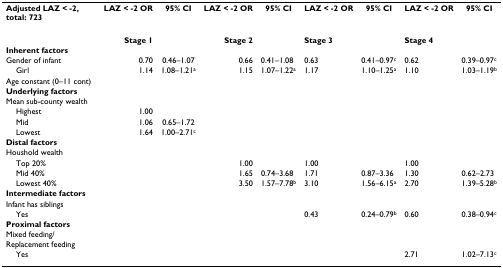
<table><thead><tr><td><b>Adjusted LAZ &lt; -2, total: 723</b></td><td><b>LAZ &lt; -2 OR</b></td><td><b>95% CI</b></td><td><b>LAZ &lt; -2 OR</b></td><td><b>95% CI</b></td><td><b>LAZ &lt; -2 OR</b></td><td><b>95% CI</b></td><td><b>LAZ &lt; -2 OR</b></td><td><b>95% CI</b></td></tr></thead><tbody><tr><td></td><td><b>Stage 1</b></td><td></td><td><b>Stage 2</b></td><td></td><td><b>Stage 3</b></td><td></td><td><b>Stage 4</b></td><td></td></tr><tr><td><b>Inherent factors</b></td><td></td><td></td><td></td><td></td><td></td><td></td><td></td><td></td></tr><tr><td>Gender of infant</td><td>0.70</td><td>0.46–1.07</td><td>0.66</td><td>0.41–1.08</td><td>0.63</td><td>0.41–0.97<sup>c</sup></td><td>0.62</td><td>0.39–0.97<sup>c</sup></td></tr><tr><td> Girl</td><td>1.14</td><td>1.08–1.21<sup>a</sup></td><td>1.15</td><td>1.07–1.22<sup>a</sup></td><td>1.17</td><td>1.10–1.25<sup>a</sup></td><td>1.10</td><td>1.03–1.19<sup>b</sup></td></tr><tr><td>Age constant (0–11 cont)</td><td></td><td></td><td></td><td></td><td></td><td></td><td></td><td></td></tr><tr><td><b>Underlying factors</b></td><td></td><td></td><td></td><td></td><td></td><td></td><td></td><td></td></tr><tr><td>Mean sub-county wealth</td><td></td><td></td><td></td><td></td><td></td><td></td><td></td><td></td></tr><tr><td> Highest</td><td>1.00</td><td></td><td></td><td></td><td></td><td></td><td></td><td></td></tr><tr><td> Mid</td><td>1.06</td><td>0.65–1.72</td><td></td><td></td><td></td><td></td><td></td><td></td></tr><tr><td> Lowest</td><td>1.64</td><td>1.00–2.71<sup>c</sup></td><td></td><td></td><td></td><td></td><td></td><td></td></tr><tr><td><b>Distal factors</b></td><td></td><td></td><td></td><td></td><td></td><td></td><td></td><td></td></tr><tr><td>Houshold wealth</td><td></td><td></td><td></td><td></td><td></td><td></td><td></td><td></td></tr><tr><td> Top 20%</td><td></td><td></td><td>1.00</td><td></td><td>1.00</td><td></td><td>1.00</td><td></td></tr><tr><td> Mid 40%</td><td></td><td></td><td>1.65</td><td>0.74–3.68</td><td>1.71</td><td>0.87–3.36</td><td>1.30</td><td>0.62–2.73</td></tr><tr><td> Lowest 40%</td><td></td><td></td><td>3.50</td><td>1.57–7.78<sup>b</sup></td><td>3.10</td><td>1.56–6.15<sup>a</sup></td><td>2.70</td><td>1.39–5.28<sup>b</sup></td></tr><tr><td><b>Intermediate factors</b></td><td></td><td></td><td></td><td></td><td></td><td></td><td></td><td></td></tr><tr><td>Infant has siblings</td><td></td><td></td><td></td><td></td><td></td><td></td><td></td><td></td></tr><tr><td> Yes</td><td></td><td></td><td></td><td></td><td>0.43</td><td>0.24–0.79<sup>b</sup></td><td>0.60</td><td>0.38–0.94<sup>c</sup></td></tr><tr><td><b>Proximal factors</b></td><td></td><td></td><td></td><td></td><td></td><td></td><td></td><td></td></tr><tr><td>Mixed feeding/Replacement feeding</td><td></td><td></td><td></td><td></td><td></td><td></td><td></td><td></td></tr><tr><td> Yes</td><td></td><td></td><td></td><td></td><td></td><td></td><td>2.71</td><td>1.02–7.13<sup>c</sup></td></tr></tbody></table>